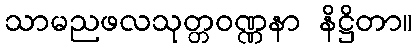
သာမညဖလသုတ္တဝဏ္ဏနာ နိဋ္ဌိတာ။